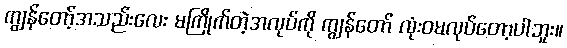
ကျွန်တော့်အသည်းလေး မကြိုက်တဲ့အလုပ်ကို ကျွန်တော် လုံးဝမလုပ်တော့ပါဘူး။